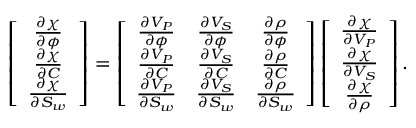
\left[ \begin{array} { c } { \frac { \partial \chi } { \partial \phi } } \\ { \frac { \partial \chi } { \partial C } } \\ { \frac { \partial \chi } { \partial S _ { w } } } \end{array} \right] = \left[ \begin{array} { c c c } { \frac { \partial V _ { P } } { \partial \phi } } & { \frac { \partial V _ { S } } { \partial \phi } } & { \frac { \partial \rho } { \partial \phi } } \\ { \frac { \partial V _ { P } } { \partial C } } & { \frac { \partial V _ { S } } { \partial C } } & { \frac { \partial \rho } { \partial C } } \\ { \frac { \partial V _ { P } } { \partial S _ { w } } } & { \frac { \partial V _ { S } } { \partial S _ { w } } } & { \frac { \partial \rho } { \partial S _ { w } } } \end{array} \right] \left[ \begin{array} { c } { \frac { \partial \chi } { \partial V _ { P } } } \\ { \frac { \partial \chi } { \partial V _ { S } } } \\ { \frac { \partial \chi } { \partial \rho } } \end{array} \right] .